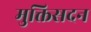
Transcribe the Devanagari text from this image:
मुक्तिसदन